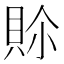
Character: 𮙾